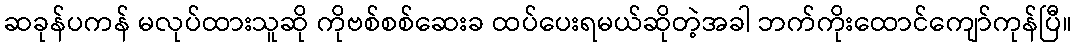
ဆခုန်ပကန် မလုပ်ထားသူဆို ကိုဗစ်စစ်ဆေးခ ထပ်ပေးရမယ်ဆိုတဲ့အခါ ဘက်ကိုးထောင်ကျော်ကုန်ပြီ။